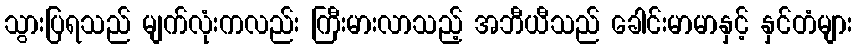
သွားပြရသည် မျက်လုံးကလည်း ကြီးမားလာသည့် အဘီယီသည် ခေါင်းမာမာနှင့် နှင်တံများ